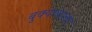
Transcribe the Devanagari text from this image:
बुक्याळाला